Vaccination in Burma 1900-1911 - 1900-1911
Year: 1900
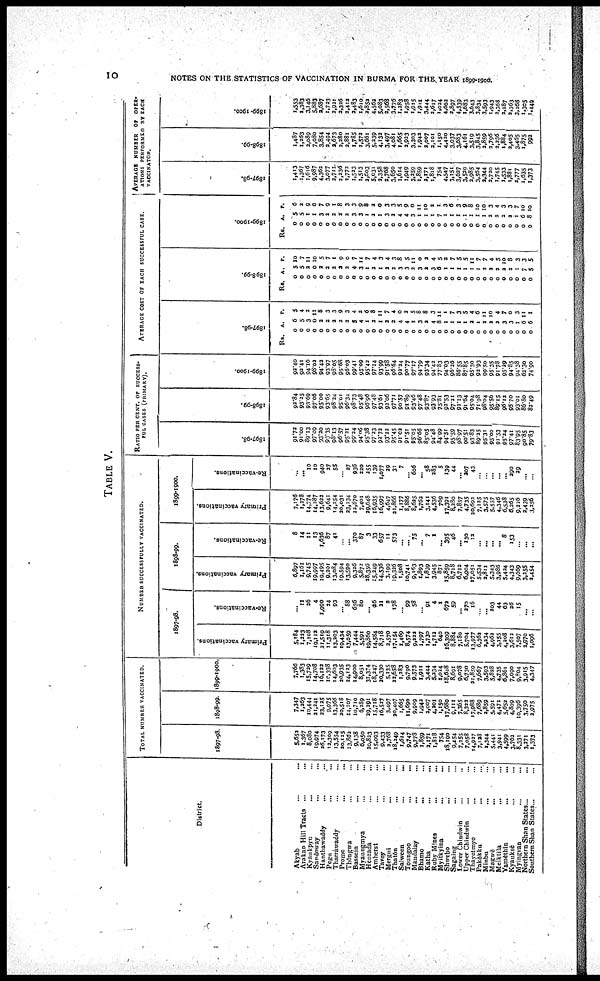
10
NOTES ON THE STATISTICS OF VACCINATION IN BURMA FOR THE YEAR 1899-1900.
TABLE V.
District.
Akyab... ...
Arakan Hill Tracts... ...
Kyaukpyu...
...
Sandoway...
...
Hanthawaddy... ...
Pegu...
Tharrawaddy... ...
Prome... ...
Thôngwa... ...
Bassein...
...
Myaungmya... ...
Henzada... ...
Amherst...
...
...
Tavoy... ...
Mergui... ...
Thatôn... ...
Salween...
...
Toungoo...
...
Mandalay...
...
Bhamo... ...
Katha... ...
Ruby Mines... ...
Myitkytina... ...
Shwebo... ...
Sagaing... ...
Lower Chindwin
...
...
Upper Chindwin... ...
Thayetmyo... ...
Pakôkku... ...
Minbu... ...
Magwè... ...
Metktila... ...
Yamèthin... ...
Kyauksè... ...
Myingyan... ...
Northern Shan States...
Southern Shan States...
TOTAL NUMBER VACCINATED.
1897-98.
5,652
1,367
8,080
19,974
26,173
12,309
13,554
20,125
13,802
9,138
6,050
20,823
15,093
9,433
2,768
18,249
1,614
9,747
9,778
1,859
2,171
1,818
754
18,190
9,454
7,255
7,058
14,927
7,128
2,344
5,441
3,941
4,599
3,762
8,331
3,271
1,373
1898-99.
7,347
1,263
10,444
21,241
23,125
9,975
13,366
20,518
14,107
10,710
6,289
29,291
15,718
16,527
3,497
20,407
1,665
11,690
9,909
1,942
2,007
4,201
1,150
17,680
9,111
7,365
8,322
17,988
7,689
2,859
5,591
4,471
5,652
4,809
10,396
3,750
2,975
1899-1900.
7,766
1,383
15,739
14,708
16,122
10,338
14,603
20,935
24,123
14,900
8,051
31,374
18,247
20,330
5,135
22,658
1,283
9,700
9,573
1,911
3,444
5,234
1,024
18,648
8,691
9,078
6,730
21,859
7,667
3,593
5,838
4,735
6,861
7,090
9,804
3,915
4,347
NUMBER SUCCESSFULLY VACCINATED.
1897-98.
Primary vaccinations.
5,184
1,223
7,108
19,112
21,519
11,318
13,203
19,434
13,059
7,444
5,591
19,860
14,584
8,718
2,570
17,154
1,469
8,574
9,222
1,797
1,730
1,712
640
16,309
8,884
7,180
5,704
13,977
6,362
2,234
4,063
3,155
4,208
3,612
7,507
2,970
1,096
Re-vaccinations.
...
11
26
4
1,990
24
93
... 88
656
80
... 26
21
2
178
... 99
58
...
91
4
1
672
59
... 270
16
...
... 203
44
63
26
15
...
...
1898-99.
Primary vaccinations.
6,897
1,161
9,745
19,997
19,495
9,201
13,084
19,594
13,590
9,326
5,872
38,356
15,249
14,536
3,199
19,326
1,508
10,741
9,163
1,893
1,839
3,945
871
15,859
8,718
6,712
6,904
17,051
5,534
3,811
5,343
3,986
5,424
4,343
9,669
3,255
2,454
Re-vaccinations.
8
14
11
13
1,636
87
41
...
... 370
87
3
33
657
11
573
...
... 75
... 7
1
... 395
46
... 130
13
...
...
...
... 8
153
...
...
...
1899-1900.
Primary vaccinations.
7,176
1,278
14,774
14,287
13,622
9,641
14,254
20,031
23,134
12,870
7,401
29,648
16,935
16,997
4,647
21,866
1,177
8,886
8,635
1,762
3,141
4,536
769
17,391
8,280
7,857
4,735
20,692
7,125
3,575
5,557
4,346
6,538
6,265
9,226
2,439
3,256
Re-vaccinations.
...
... 10
10
940
27
55
...
27
936
220
255
139
1,077
29
31
7
... 606
... 58
283
5
139
44
...
207
43
...
...
...
...
... 290
39
...
...
RATIO PER CENT, or SUCCESS-
FUL CASES (PRIMARY).
1897-98.
91.72
91.00
89.13
97.09
93.20
93.35
98.13
96.57
95.21
99.24
94.06
95.38
97.23
92.72
93.22
95.45
91.02
91.51
95.05
96.66
85.05
94.48
84.99
94.51
95.59
98.97
90.51
93.83
89.25
95.31
95.00
91.53
95.24
97.41
83.95
90.85
79.83
1898-99.
92.84
93.35
93.69
97.06
95.00
93.65
98.24
95.01
96.34
98.73
95.48
96.96
97.48
93.61
92.06
97.71
90.57
91.89
93.46
97.48
93.87
93.93
75.81
92.53
97.21
91.13
91.64
95.04
71.98
98.04
95.56
89.15
96.12
95.70
93.01
86.80
83.49
1899-1900.
92.40
92.41
94.16
98.03
94.42
93.97
98.05
95.68
96.03
99.41
95.09
95.42
97.14
93.99
91.58
96.64
93.24
90.77
97.17
94.79
93.34
94.42
77.83
94.03
96.26
86.55
87.85
95.30
92.93
99.50
95.35
91.78
95.29
94.85
94.38
62.30
74.90
AVERAGE COST or EACH SUCCESSFUL CASE.
1897-98.
Rs.
0
0
0
0
0
0
0
0
0
0
0
0
0
0
0
0
0
0
0
0
0
0
0
0
0
0
0
0
0
0
0
0
0
0
0
0
0
A.
6
5
3
0
3
2
2
2
2
5
4
1
2
1
2
2
4
4
1
3
2
4
8
1
1
1
1
2
1
2
2
2
3
3
1
6
6
P.
5
4
3
11
8
3
3
9
3
4
2
6
8
11
7
4
0
2
5
8
8
3
11
1
7
3
5
4
6
11
10
4
7
0
3
11
1
1898-99.
Rs.
0
0
0
0
0
0
0
0
0
0
0
0
0
0
0
0
0
0
0
0
0
0
0
0
0
0
0
0
0
0
0
0
0
0
0
0
0
A.
5
5
2
0
2
2
2
2
2
4
3
1
2
1
2
2
3
3
2
3
2
3
6
1
1
1
1
1
1
2
2
2
2
2
1
7
5
P.
10
7
11
10
5
7
1
9
0
7
11
7
4
3
4
3
8
5
11
0
2
4
5
2
7
5
5
11
7
7
4
5
10
8
3
3
5
1899-1900.
Rs.
0
0
0
0
0
0
0
0
0
0
0
0
0
0
0
0
0
0
0
0
0
0
0
0
0
0
0
0
0
0
0
0
0
0
0
0
0
A.
5
5
1
1
3
2
2
2
2
3
3
1
2
1
3
2
4
4
3
1
1
1
7
1
1
1
1
1
1
1
2
2
2
2
1
6
8
P.
6
2
9
0
7
9
1
8
3
3
9
8
2
0
3
3
5
9
0
11
10
2
1
3
6
3
9
8
10
10
3
4
3
3
7
10
10
AVERAGE NUMBER of OPER-
ATIONS PERFORMED BY EACH
VACCINATOR.
1897-98.
1,413
1,367
1,616
9,987
4,362
3,077
2,711
2,236
2,772
1,523
1,513
2,603
5,031
2,358
2,768
3,650
1,614
1,949
3,259
1,859
2,171
1,818
754
4,547
3,151
3,627
3,520
2,985
3,564
2,344
2,720
1,745
1,533
1,881
2,777
1,635
1,373
1898-99.
1,487
1,263
2,089
7,080
3,854
2,494
2,673
2,280
2,881
1,785
1,572
3,661
5,239
4,132
3,497
4,081
1,665
2,923
3,303
1,942
2,007
2,101
1,150
4,420
3,037
3,683
4,161
3,519
3,845
2,859
2,796
2,236
1,884
2,405
3,465
1,875
992
1899-1900.
1,553
1,383
3,146
5,883
2,687
1,723
2,921
2,326
2,412
2,483
1,610
2,852
4,562
5,083
2,568
3,776
1,283
1,958
1,915
1,911
3,444
2,617
1,024
4,662
1,897
1,539
1,683
3,643
3,834
3,593
1,943
2,368
2,287
2,363
3,268
1,305
1,449